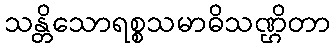
သန္တိသောရစ္စသမာဓိသဏ္ဌိတာ